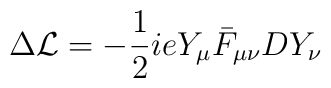
\Delta{\cal L} = -{1\over 2}ieY_{\mu}\bar F_{\mu\nu}DY_{\nu}\\